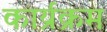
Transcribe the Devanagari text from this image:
कार्य्रक्रम